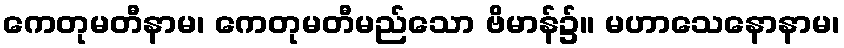
ကေတုမတီနာမ၊ ကေတုမတီမည်သော ဗိမာန်၌။ မဟာသေနောနာမ၊